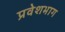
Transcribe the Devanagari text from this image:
प्रवेशभाग